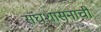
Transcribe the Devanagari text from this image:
संघशासनाची